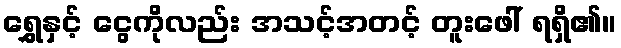
ရွှေနှင့် ငွေကိုလည်း အသင့်အတင့် တူးဖေါ် ရရှိ၏။